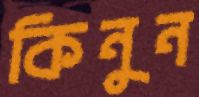
কিনুন